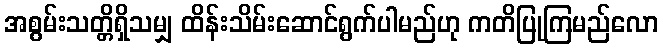
အစွမ်းသတ္တိရှိသမျှ ထိန်းသိမ်းဆောင်ရွက်ပါမည်ဟု ကတိပြုကြမည်လော